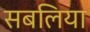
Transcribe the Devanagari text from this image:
सबलिया